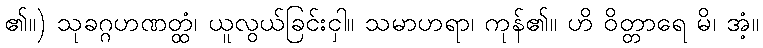
၏။) သုခဂ္ဂဟဏတ္ထံ၊ ယူလွယ်ခြင်းငှါ။ သမာဟရာ၊ ကုန်၏။ ဟိ ဝိတ္တာရေ မိ၊ အံ့။